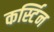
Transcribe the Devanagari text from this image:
कर्स्टिन